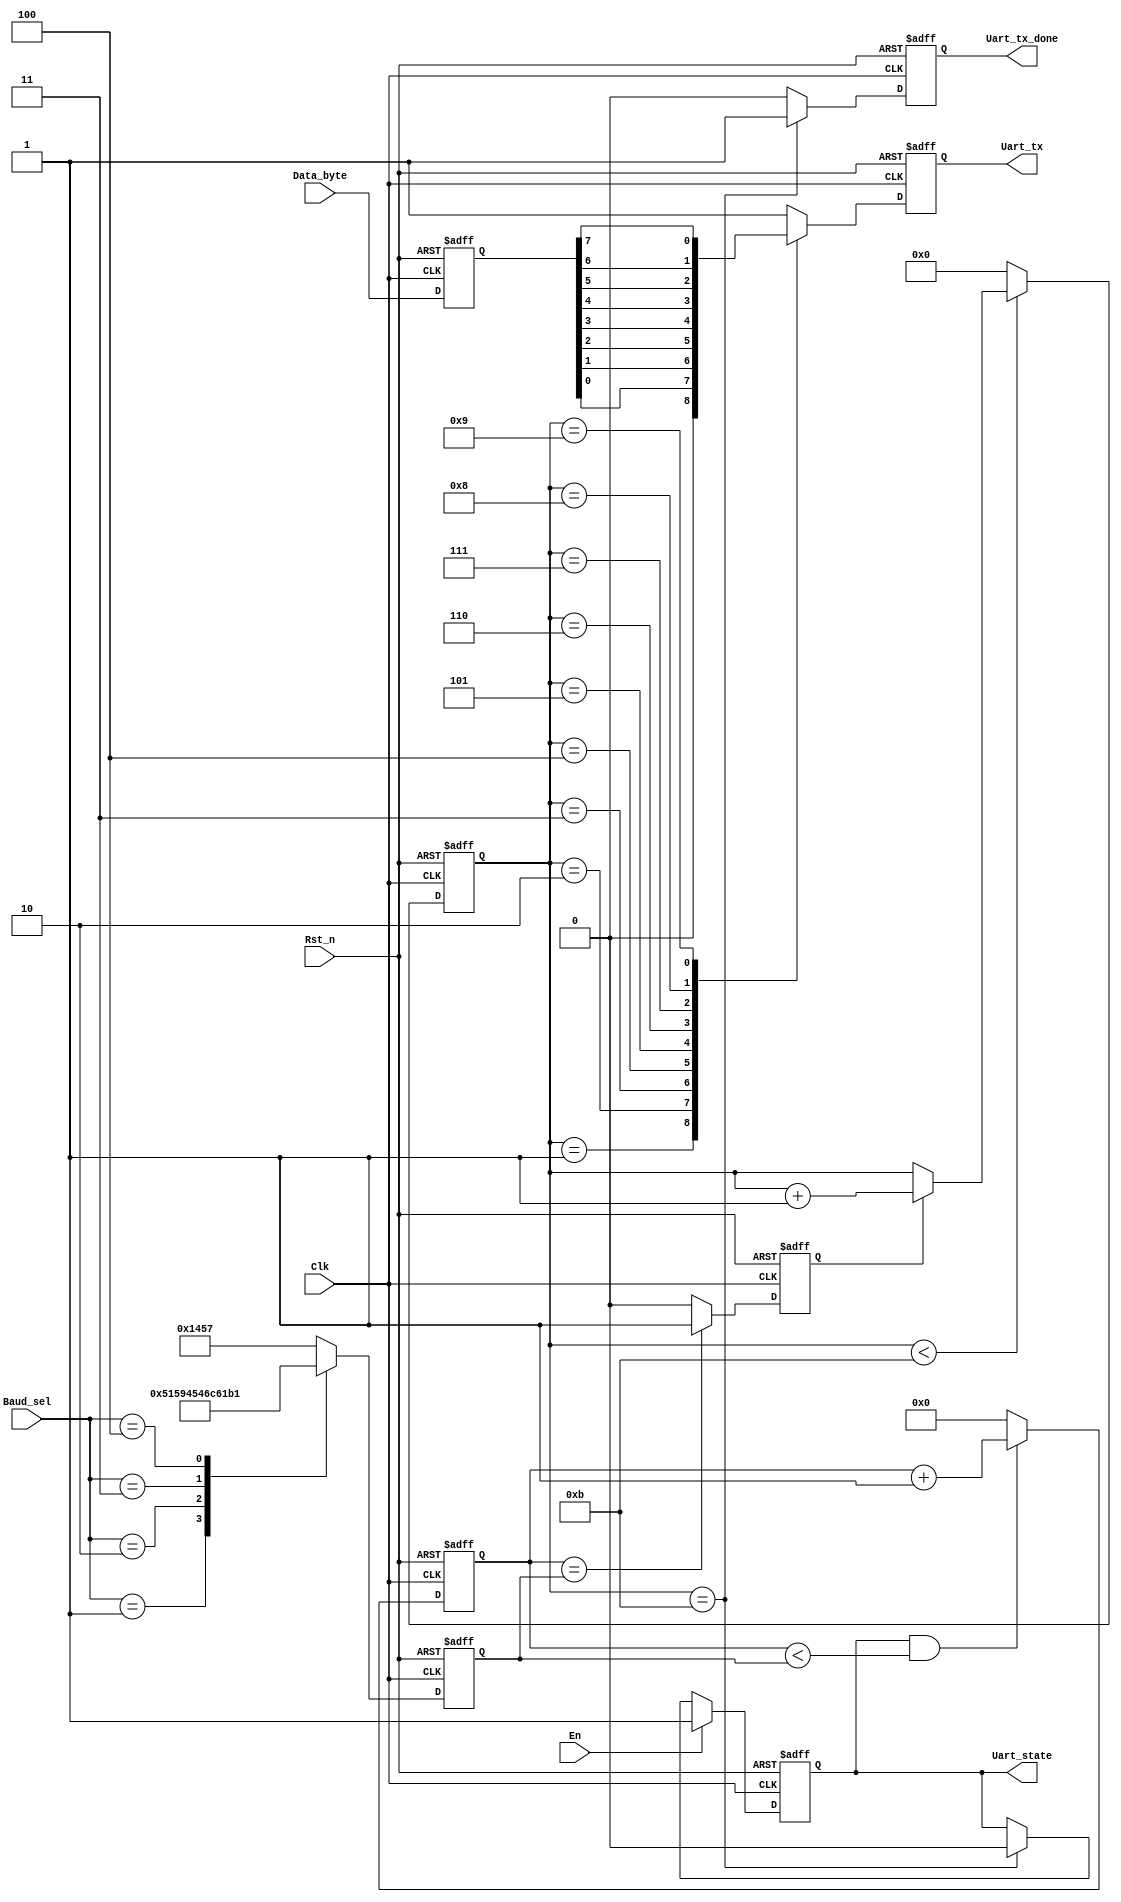

/**********************************************************\
	Filename		:	 uart_tx_byte.v
	Author  	   :   eric_xiang
	Description :   uart send byte
	Revision		:   2019-11-12
	Company		:   personal
\**********************************************************/
	
module uart_tx_byte(
	Clk,
	Rst_n,
	
	En,
	Baud_sel,
	Data_byte,
	
	Uart_tx,
	Uart_tx_done,
	Uart_state
);

input Clk;
input Rst_n;

input En;						//uart
input [2:0]Baud_sel;			//	0: 9600  1:19200  2: 38400 3:57600  4:115200   period_time = 20ns
input [7:0]Data_byte;		// 1

output reg Uart_tx; 			//uart
output reg Uart_state;		//uart  1
output reg Uart_tx_done;

localparam UART_START_BIT = 1'b0;
localparam UART_STOP_BIT  = 1'b1;

reg[3:0]bps_cnt;
reg baud_div_clk;
reg [12:0]baud_div_cnt;
reg [7:0]data_byte_r;

//
reg [12:0]baud_cnt;

always @(posedge Clk or negedge Rst_n) begin
	if (!Rst_n) begin
		baud_cnt <= 13'd5207;  //9600
	end else begin
		case (Baud_sel)
			0: baud_cnt <= 13'd5207;
			1: baud_cnt <= 13'd2603;
			2: baud_cnt <= 13'd1301;
			3: baud_cnt <= 13'd867;
			4: baud_cnt <= 13'd433;
			default: baud_cnt <= 13'd5207;
		endcase
	end
end

// Uart_state 
always @(posedge Clk or negedge Rst_n) begin
	if (!Rst_n) begin
		Uart_state <= 1'b0;
	end else if (En) begin
		Uart_state <= 1'b1;
	end else if (bps_cnt == 4'd11) begin
		Uart_state <= 1'b0;
	end else begin
		Uart_state <= Uart_state;
	end
end 

//
always @(posedge Clk or negedge Rst_n) begin
	if (!Rst_n) begin
		baud_div_cnt <= 13'd0;
	end else if (Uart_state && (baud_div_cnt < baud_cnt)) begin
		baud_div_cnt <= baud_div_cnt + 1'b1;	
	end else begin
		baud_div_cnt <= 13'd0;
	end
end

always @(posedge Clk or negedge Rst_n) begin
	if (!Rst_n) begin
		baud_div_clk <= 1'b0;
	end else if (baud_div_cnt == baud_cnt) begin
		baud_div_clk <= 1'b1;
	end else begin
		baud_div_clk <= 1'b0;
	end
end

//
always @(posedge Clk or negedge Rst_n) begin
	if (!Rst_n) begin
		bps_cnt <= 4'd0;
	end else if (bps_cnt < 4'd11) begin
		if (baud_div_clk) begin
			bps_cnt <= bps_cnt + 1'b1;
		end else begin
			bps_cnt <= bps_cnt;
		end
	end else begin
		bps_cnt <= 4'd0;
	end
end


//
always @(posedge Clk or negedge Rst_n) begin
	if (!Rst_n) begin
		data_byte_r <= 8'd0;
	end else begin
		data_byte_r <= Data_byte;	
	end	
end


//bps_cnttx 
always @(posedge Clk or negedge Rst_n) begin
	if (!Rst_n) begin
		Uart_tx <= 1'b1;
	end else begin
		case (bps_cnt)
			0: Uart_tx <= 1'b1;
			1: Uart_tx <= UART_START_BIT;
			2: Uart_tx <= data_byte_r[0];
			3: Uart_tx <= data_byte_r[1];
			4: Uart_tx <= data_byte_r[2];
			5: Uart_tx <= data_byte_r[3];
			6: Uart_tx <= data_byte_r[4];
			7: Uart_tx <= data_byte_r[5];
			8: Uart_tx <= data_byte_r[6];
			9: Uart_tx <= data_byte_r[7];
			10: Uart_tx <= UART_STOP_BIT;
			default : Uart_tx <= 1'b1;
		endcase
	end
end


always @(posedge Clk or negedge Rst_n) begin
	if (!Rst_n) begin
		Uart_tx_done <= 1'b0;
	end else if (bps_cnt == 4'd11) begin
		Uart_tx_done <= 1'b1;
	end else begin
		Uart_tx_done <= 1'b0;
	end
end

endmodule